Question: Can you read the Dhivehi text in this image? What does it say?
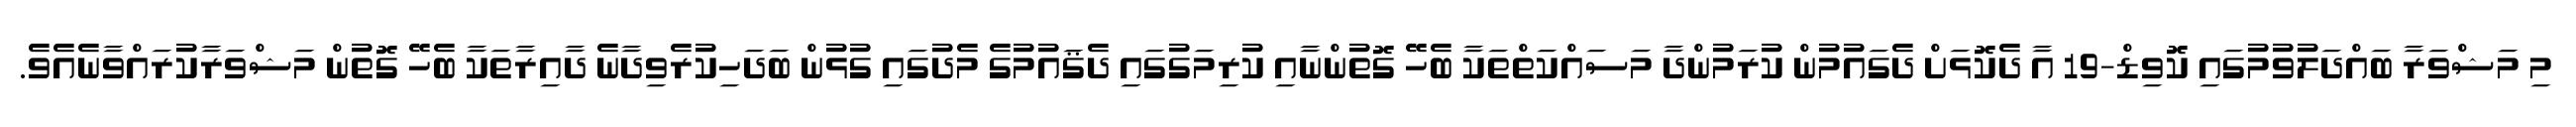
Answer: މި މަޝްވަރާ ބައްދަލުވުމުގައި ކޮވިޑް-19 އާ ދެކޮޅަށް ދެގައުމުން ކުރަމުންދާ މަސައްކަތްތަކާ ބެހޭ ގޮތުންނާއި ކުރިމަގުގައި ދެޤައުމުގެ މެދުގައި ގުޅުން ބަދަހިކުރެވިދާނެ ދާއިރާތަކާ ބެހޭ ގޮތުން މަޝްވަރާކުރައްވާނެއެވެ.